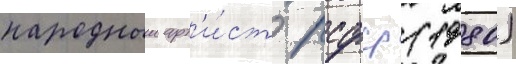
народныи арт'и́ст рсфср (1980)